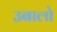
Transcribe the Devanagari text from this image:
उबालो